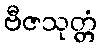
ဗီဇသုတ္တံ